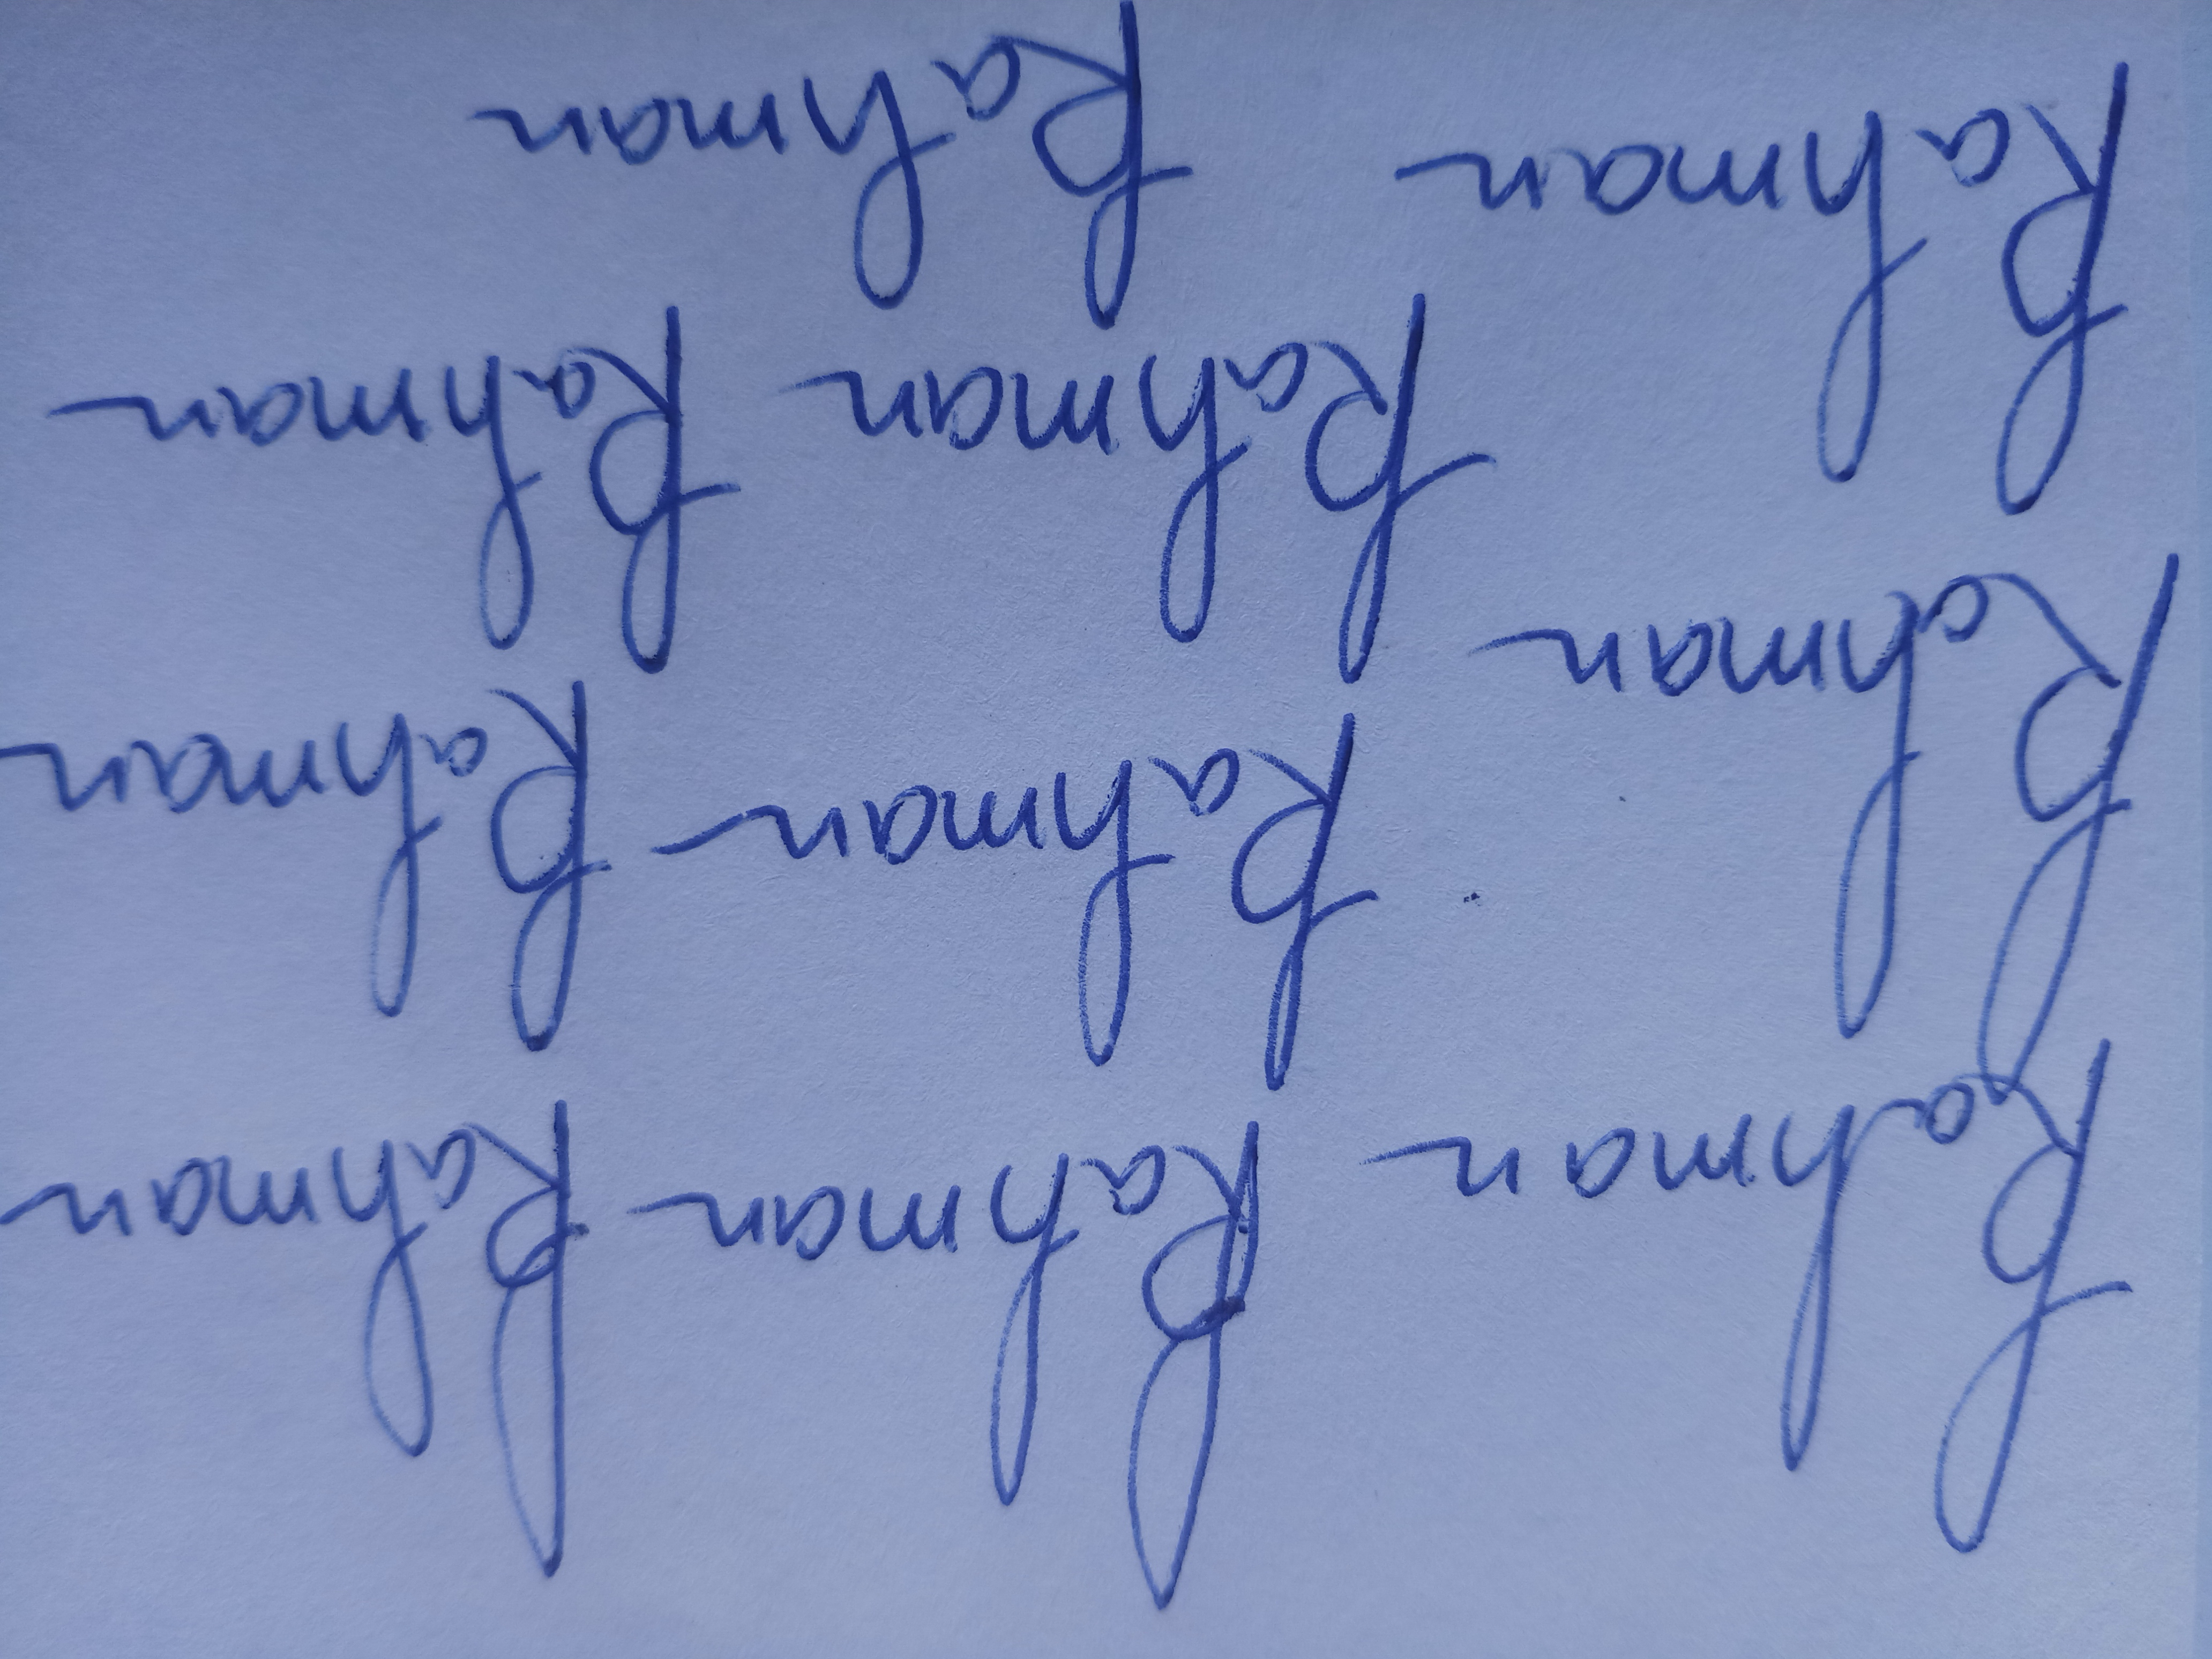
Signature authenticity: genuine